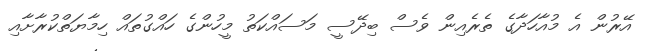
އޭރުން އެ މުއާހަދާގެ ތެރެއިން ވެސް ބިދޭސީ މަސައްކަތު މީހުންގެ ހައްގުތައް ހިމާޔަތްކުރާށާއި